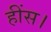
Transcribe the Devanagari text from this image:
हींस।